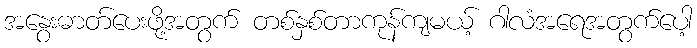
အနွေးဓာတ်ပေးဖို့အတွက် တစ်နှစ်တာကုန်ကျမယ့် ဂါလံအရေအတွက်ပေါ့